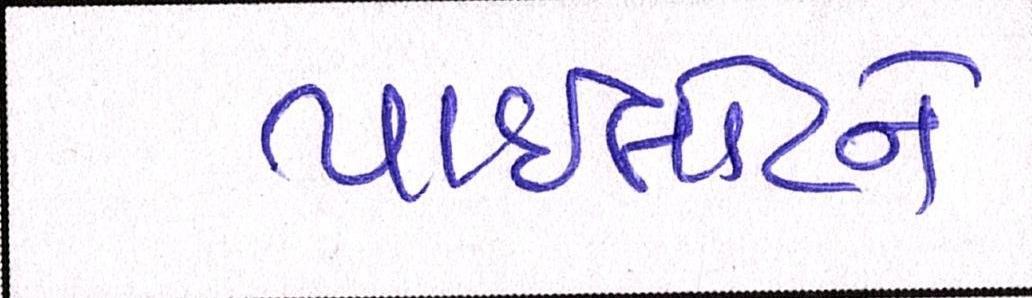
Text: પાઈલોટને